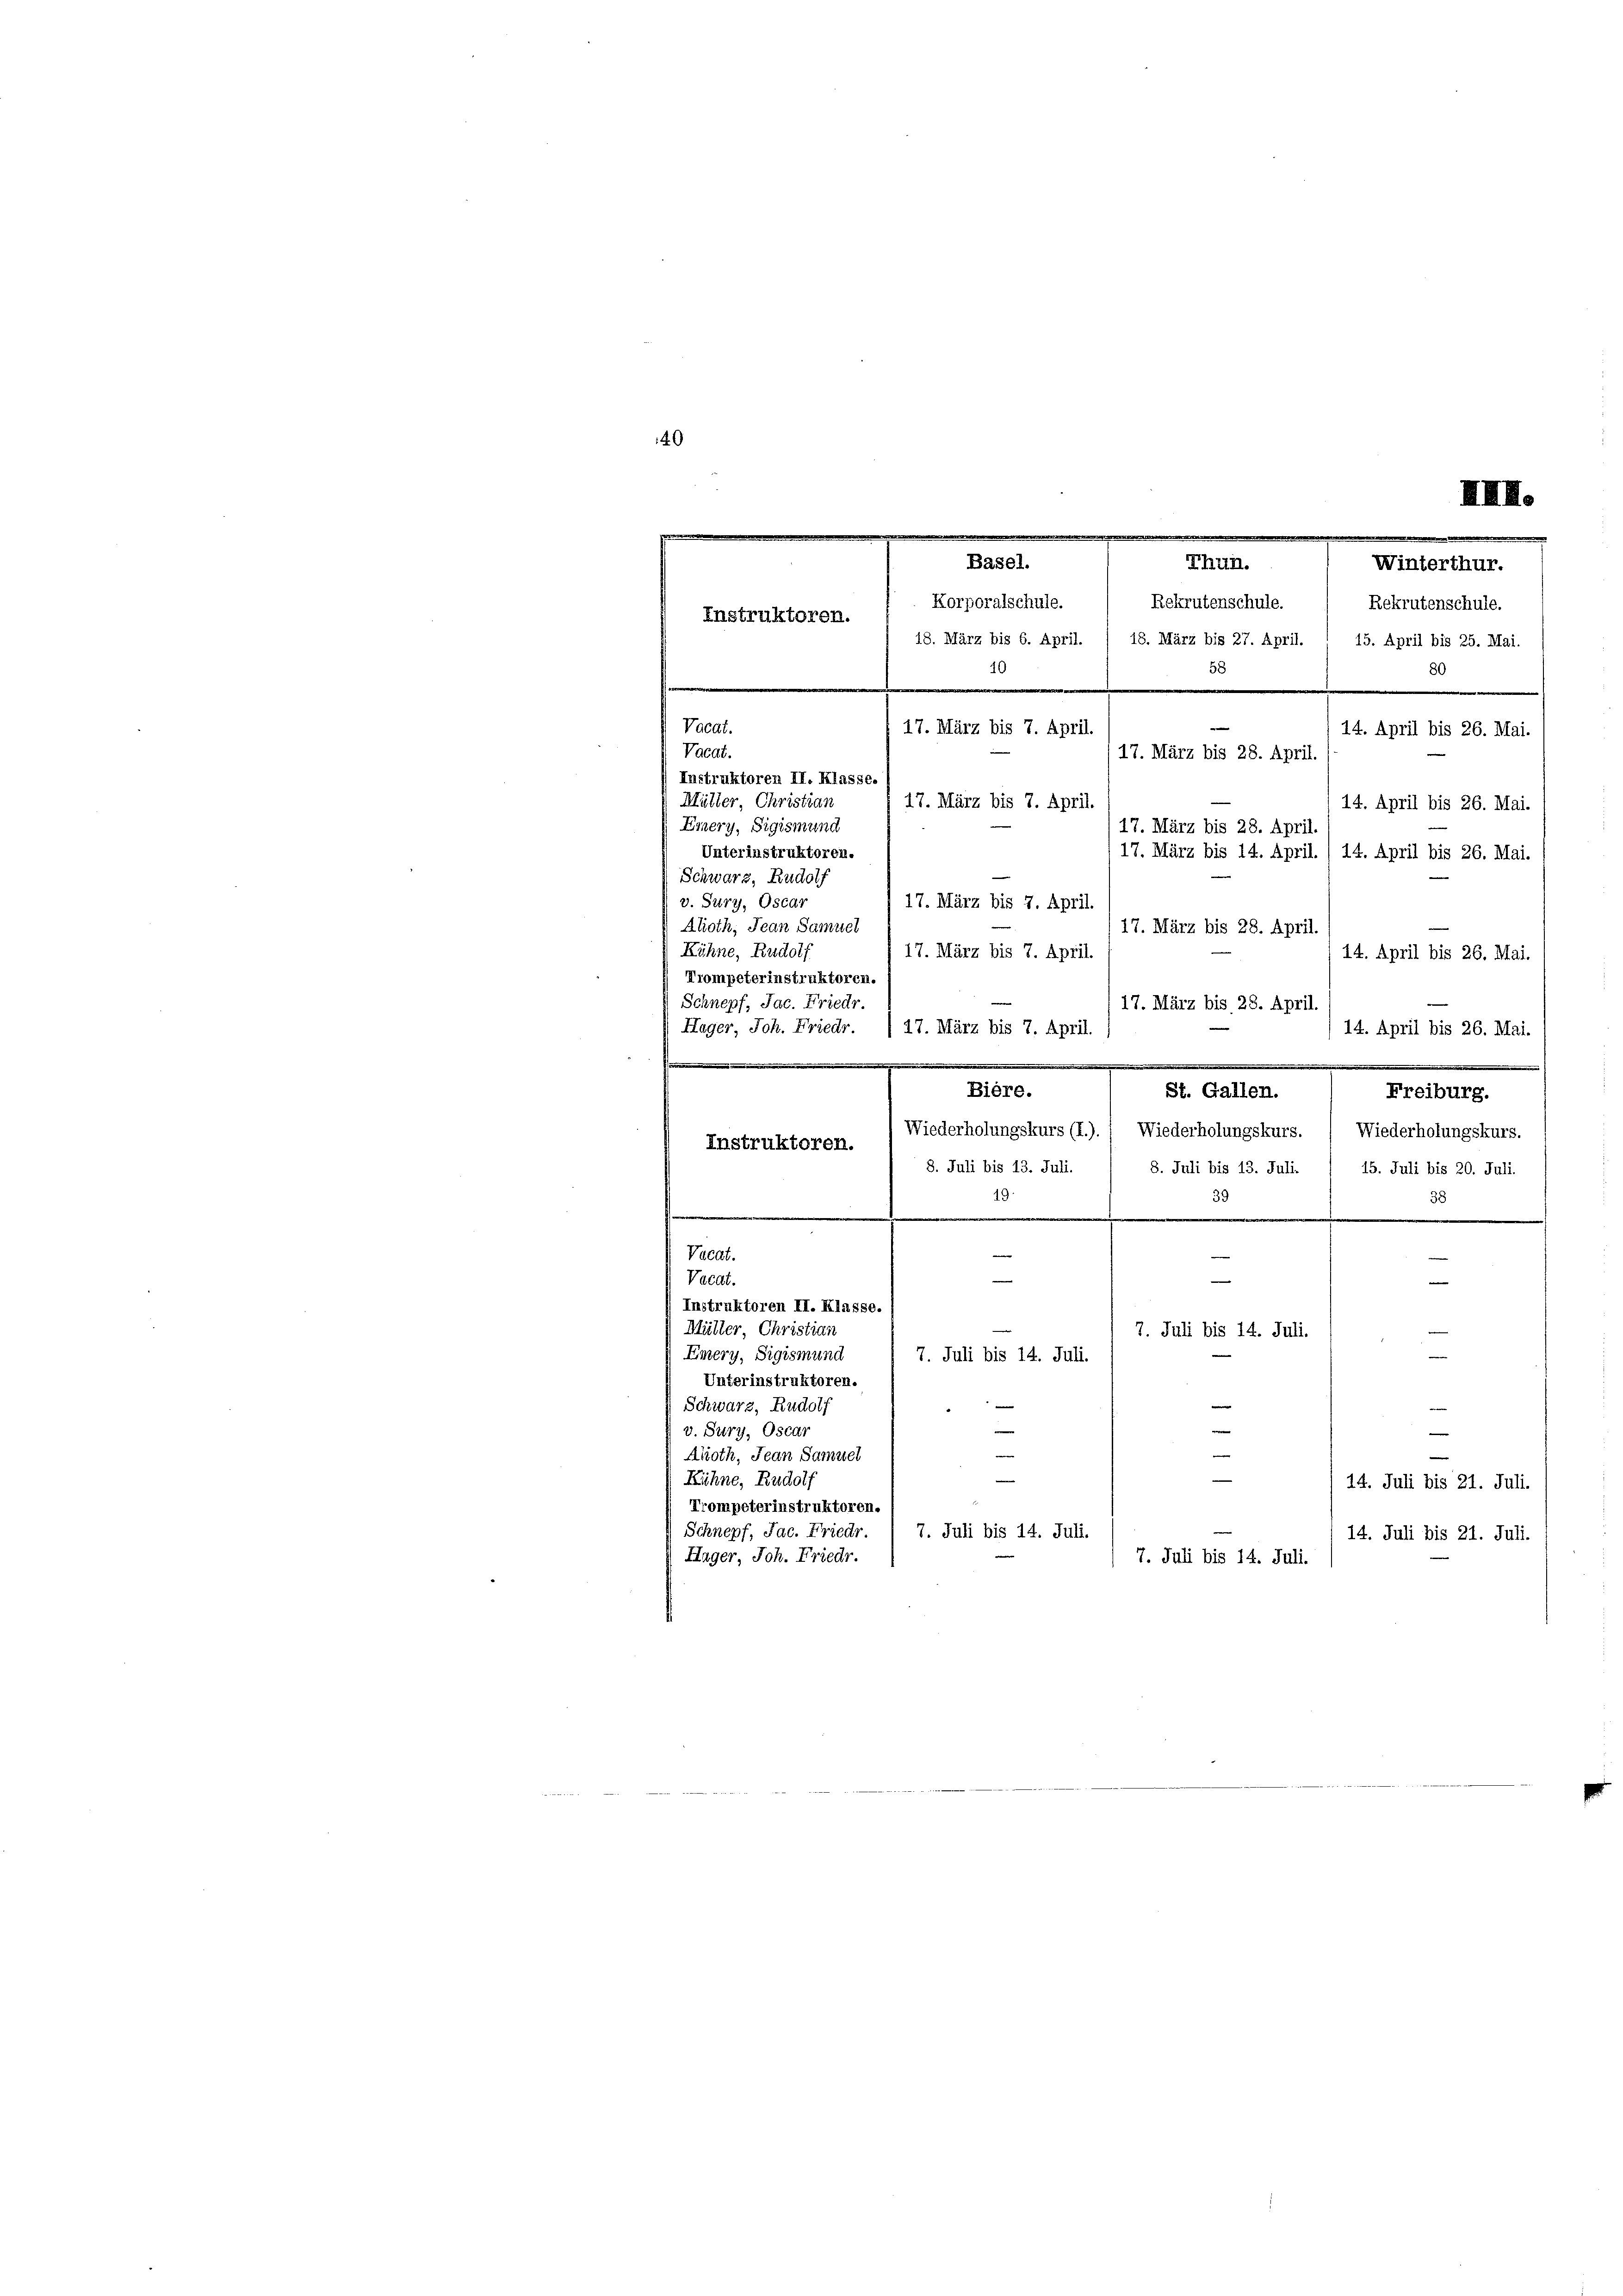
40
Instruktoren.
18. März bis 6. April. / 18. März bis 27. April. 1 15. April bis 25. Mai.
58
Instruktoren II. Klasse.
Müller, Christian
17. März bis 7. April.
Einery, Sigismund
117. März bis 28. April
Unterinstruktoren.
17. März bis 14. April. / 14. April bis 26. Mai.
Schwarz, Rudolf
v. Sury, Oscar
17. März bis 7. April.
Ahoth, Jean Samuel
17. März bis 28. April
Kühne, Rudolf
17. März bis 7. April.
14. April bis 26. Mai
Trompeterinstruktoren.
Schnepf, Jac. Friedr.
17. März bis 28. April.
Hager, Joh. Friedr.
47. März bis 7. April.
14. April bis 26. Mai.

m
e
Biere.
St. Gallen.
Freiburg.
Wiederholungskurs (I.).) Wiederholungskurs. / Wiederholungskurs.
Instruktoren.
.
8. Juli bis 13. Juli.
8. Juli bis 13. Juli.
15. Juli bis 20. Juli.
19
3.
39
.
e
e
.

Vacat.
e
Vacdt.
e
e
Instruktoren II. Klasse.
Müller, Christian
e
7. Juli bis 14. Juli.
Emery, Sigismund
e
7. Juli bis 14. Juli.
Unterinstruktoren.
e
Schwarz, Rudolf
v. Sury, Oscar
e
Aroth, Jean Samuel
Kühne, Rudolf
14. Juli bis 21. Juli.
Trompeterinstruktoren.
Schnepf, Jac. Friedr.
7. Juli bis 14. Juli.
14. Juli bis 21. Juli.
Hager, Joh. Friedr.
7. Juli bis 14. Juli.

10
Vacat.
17. März bis 7. April.
Vacat.

.
.
.

Basel.
Thun.
Winterthur.
Korporalschule.
Rekrutenschule.
Rekrutenschule.

80
u
14. April bis 26. Mai.
17. März bis 28. April,
14. April bis 26. Mai.

XIII.